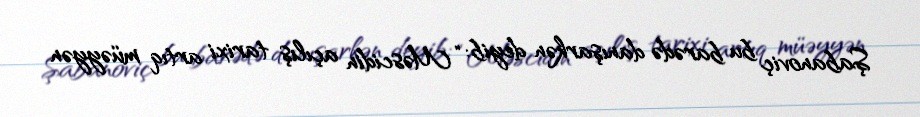
Şabanoviç bu barədə danışarkən deyib: “Məscidin açılış tarixi artıq müəyyən